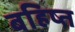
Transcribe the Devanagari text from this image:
बहिष्त